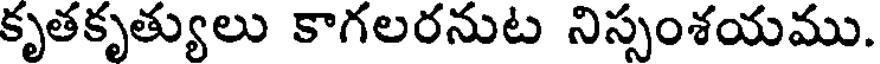
కృతకృత్యులు కాగలరనుట నిస్సంశయము.